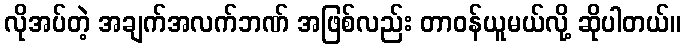
လိုအပ်တဲ့ အချက်အလက်ဘဏ် အဖြစ်လည်း တာဝန်ယူမယ်လို့ ဆိုပါတယ်။